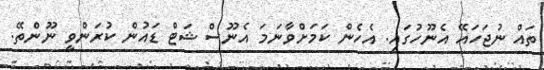
ތައް ނުޖަހައޭ އެނޫހުގައި. އެހެން ކަމަށްވާނަމަ އެނޫސް ޝަޓް ޑައުން ކުރަންވީ ނޫންތޭ.